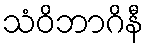
သံဝိဘာဂိနီ